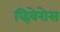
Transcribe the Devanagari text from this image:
व्हिवेरोस